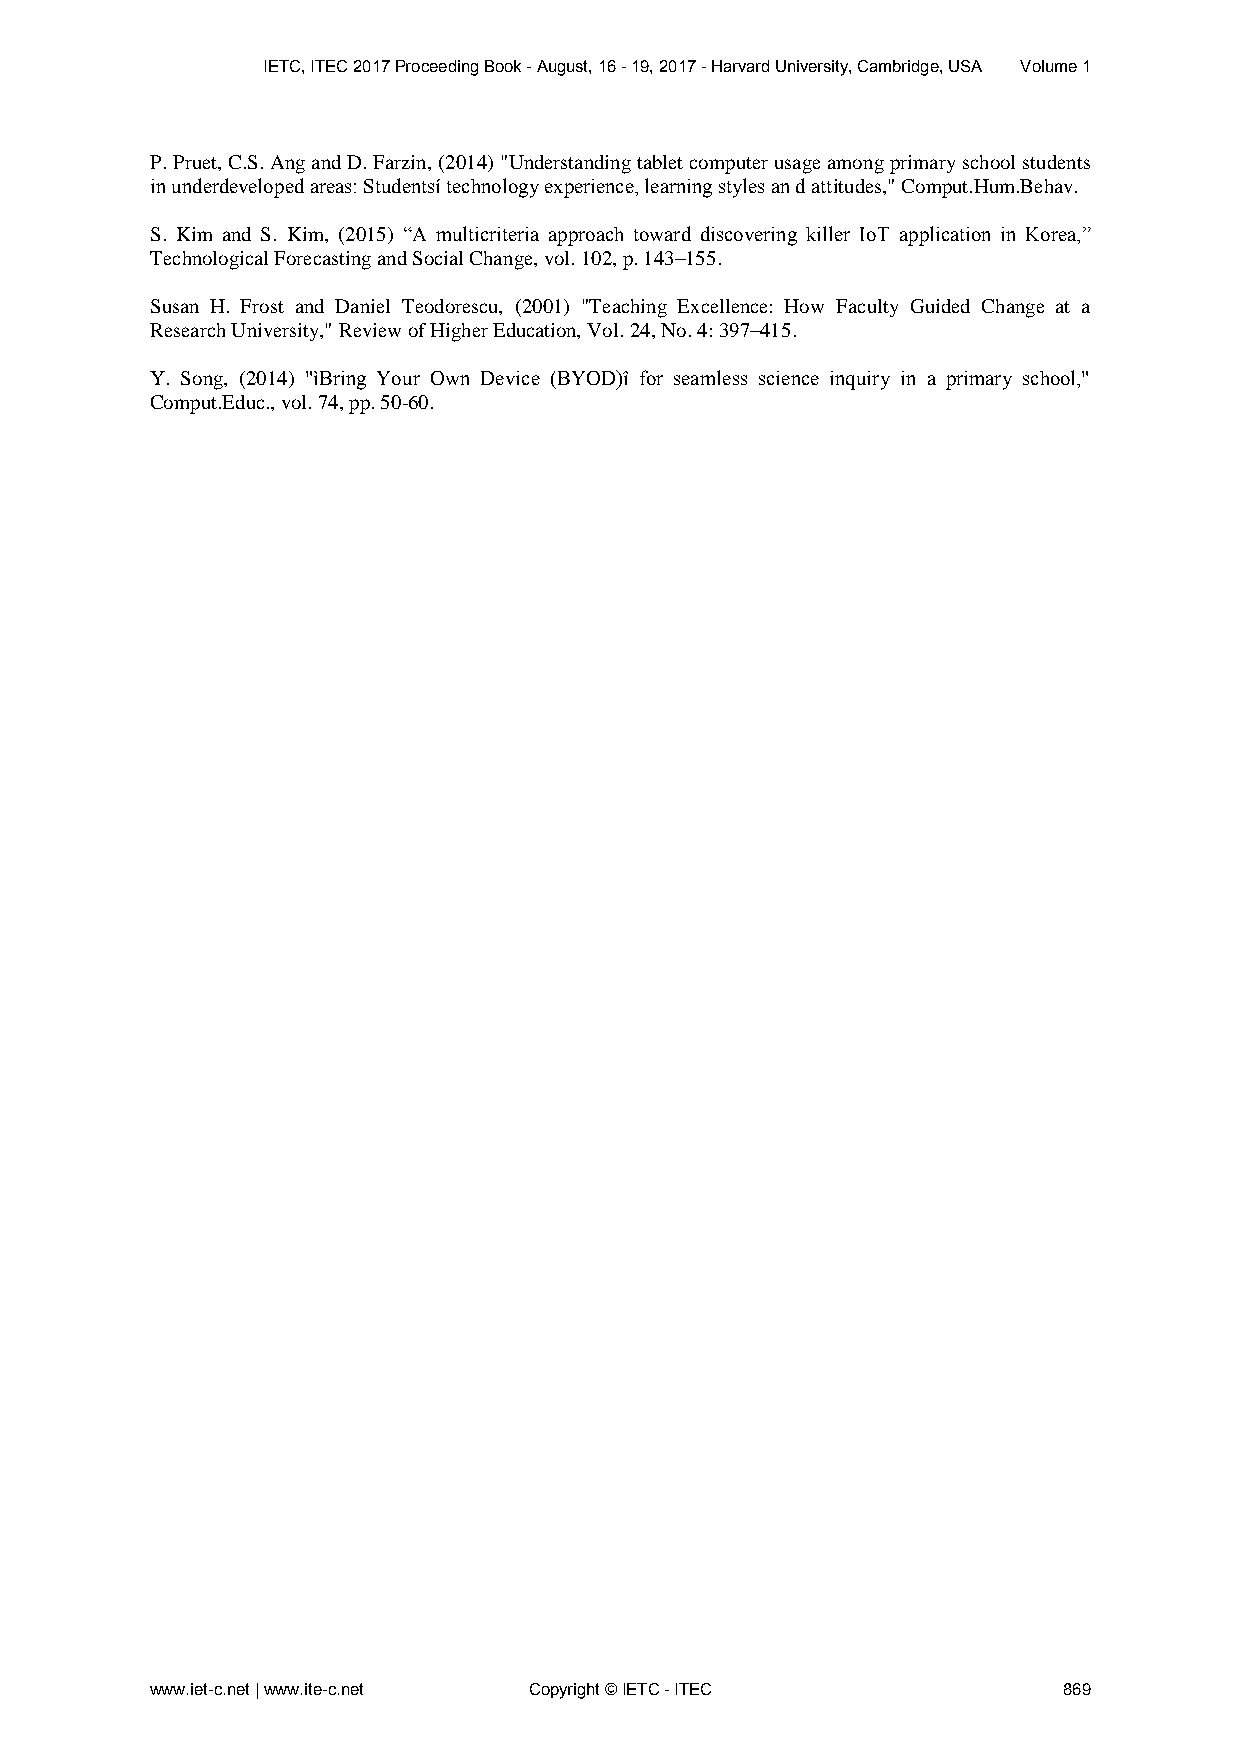
IETC, ITEC 2017 Proceeding Book - August, 16 - 19, 2017 - Harvard University, Cambridge, USA Volume 1
 P. Pruet, C.S. Ang and D. Farzin, (2014) "Understanding tablet computer usage among primary school students
 in underdeveloped areas: Studentsí technology experience, learning styles an d attitudes," Comput.Hum.Behav.
 S. Kim and S. Kim, (2015) “A multicriteria approach toward discovering killer IoT application in Korea,”
 Technological Forecasting and Social Change, vol. 102, p. 143–155.
 Susan H. Frost and Daniel Teodorescu, (2001) "Teaching Excellence: How Faculty Guided Change at a
 Research University," Review of Higher Education, Vol. 24, No. 4: 397–415.
 Y. Song, (2014) "ìBring Your Own Device (BYOD)î for seamless science inquiry in a primary school,"
 Comput.Educ., vol. 74, pp. 50-60.
 www.iet-c.net | www.ite-c.net Copyright © IETC - ITEC       869